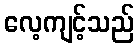
လေ့ကျင့်သည်